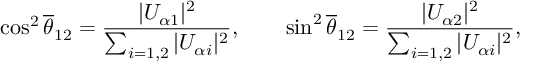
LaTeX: \cos ^ { 2 } \overline { { { \theta } } } _ { 1 2 } = \frac { | U _ { { \alpha } 1 } | ^ { 2 } } { \sum _ { i = 1 , 2 } | U _ { { \alpha } i } | ^ { 2 } } , \qquad \sin ^ { 2 } \overline { { { \theta } } } _ { 1 2 } = \frac { | U _ { { \alpha } 2 } | ^ { 2 } } { \sum _ { i = 1 , 2 } | U _ { { \alpha } i } | ^ { 2 } } ,